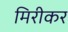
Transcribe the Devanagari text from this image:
मिरीकर